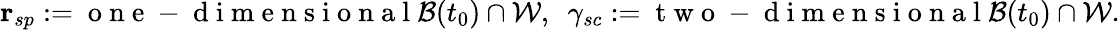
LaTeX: \mathbf{r}_{sp}:=\mathrm{~o~n~e~-~d~i~m~e~n~s~i~o~n~a~l~}\mathcal{B}(t_{0})\cap\mathcal{W},\ \ \gamma_{sc}:=\mathrm{~t~w~o~-~d~i~m~e~n~s~i~o~n~a~l~}\mathcal{B}(t_{0})\cap\mathcal{W}.